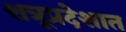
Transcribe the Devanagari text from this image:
शत्रूप्रदेशात